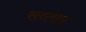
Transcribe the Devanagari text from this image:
सन्‍ताप